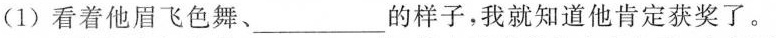
(1)看着他眉飞色舞、\underline的样子，我就知道他肯定获奖了。